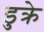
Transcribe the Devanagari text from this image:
डुक्रे